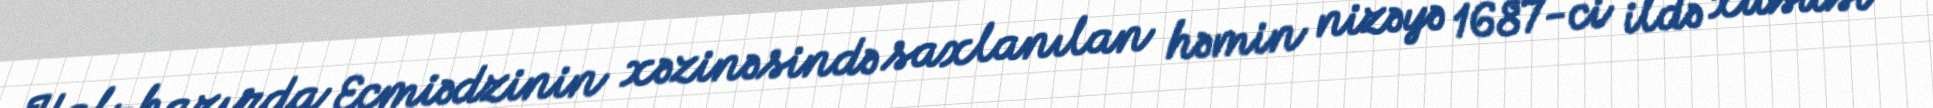
Hal-hazırda Eçmiədzinin xəzinəsində saxlanılan həmin nizəyə 1687-ci ildə xüsusi